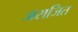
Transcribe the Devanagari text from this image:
जसजित